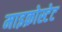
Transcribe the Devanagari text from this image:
माइक्रोस्टेट